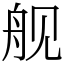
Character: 舰